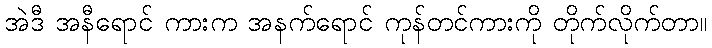
အဲဒီ အနီရောင် ကားက အနက်ရောင် ကုန်တင်ကားကို တိုက်လိုက်တာ။